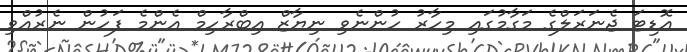
އޮޑިޓަ ޖެނަރަލްގެ މަގާމުގައި މިހާރު ހުންނެވި ނިޔާޒް އިބްރާހިމް އެންމެ ފަހުން ނެރުއްވި